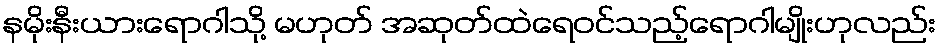
နမိုးနီးယားရောဂါသို့ မဟုတ် အဆုတ်ထဲရေဝင်သည့်ရောဂါမျိုးဟုလည်း